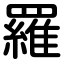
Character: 羅